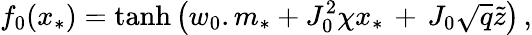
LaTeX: f_{0}(x_{*})=\mathrm{tanh}\left(w_{0}.m_{*}+J_{0}^{2}\chi x_{*}\, +\, J_{0}\sqrt{q}\tilde{z}\right)\, ,